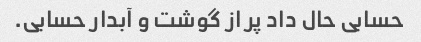
حسابی حال داد پر از گوشت و آبدار حسابی.